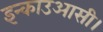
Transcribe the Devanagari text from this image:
इन्काउआसी।